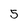
Character: 5